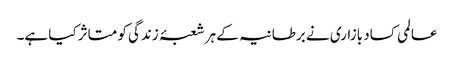
عالمی کساد بازاری نے برطانیہ کے ہر شعبۂ زندگی کو متاثر کیا ہے۔